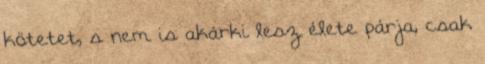
kötetet, s nem is akárki lesz élete párja, csak